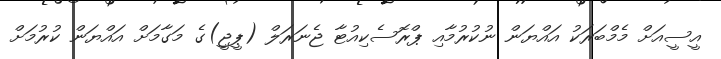
އީސީއަށް މެމްބަރަކު އައްޔަން ނުކުރުމާއި ޕްރޮސެކިއުޓާ ޖެނަރަލް (ޕީޖީ)ގެ މަގާމަށް އައްޔަން ކުރުމަށް